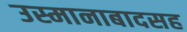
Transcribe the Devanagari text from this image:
उस्मानाबादसह